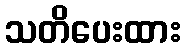
သတိပေးထား